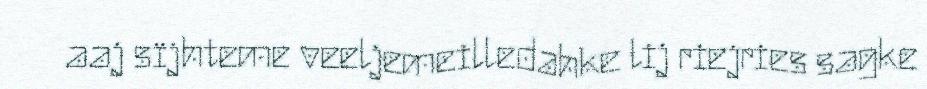
aaj sïjhteme veeljemeilledahke lij riejries sagke